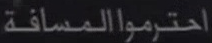
احترمواالمسافة